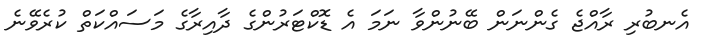
އެނބުރި ރާއްޖެ ގެންނަން ބޭނުންވާ ނަމަ އެ ޑޮކްޓަރުންގެ ދާއިރާގެ މަސައްކަތް ކުރެވޭނެ